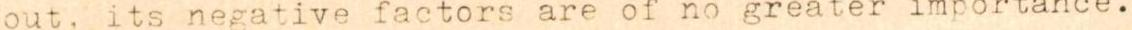
out, its negative factors are of no greater importance.